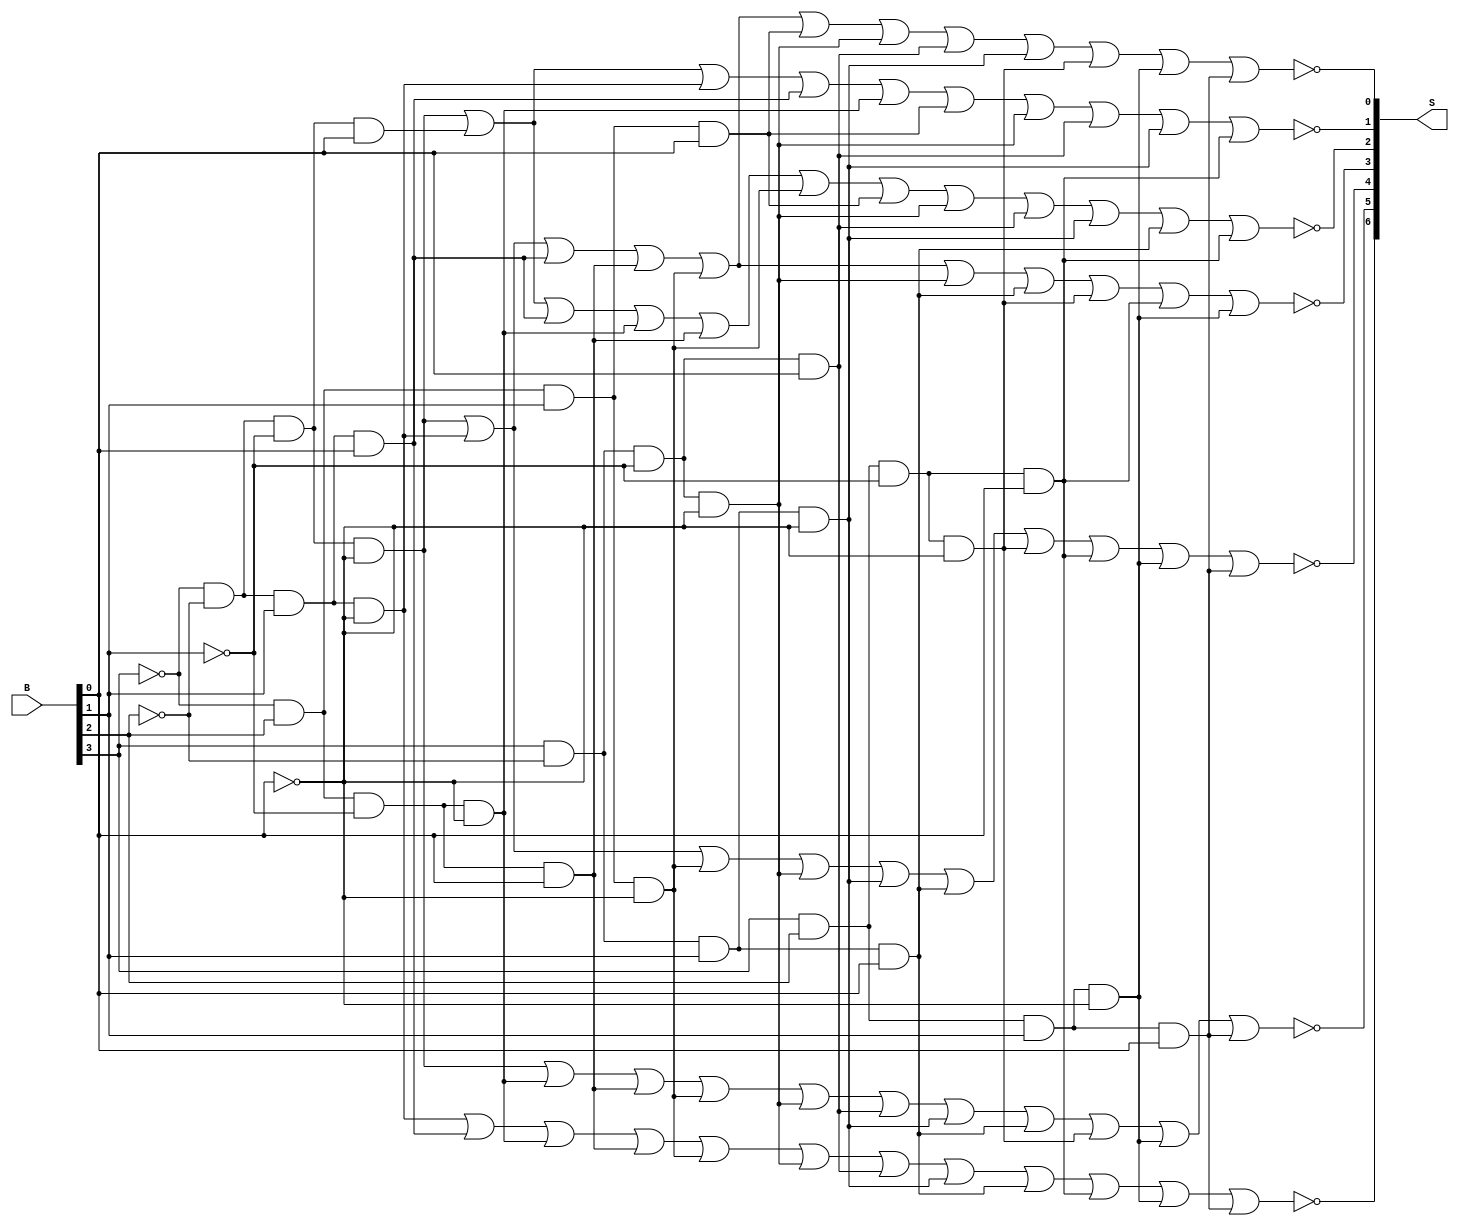
`timescale 1ns / 1ps
//-------------------------------------------------------------
// 7-segment hexadecimal decoder
// October 1, 2015
// Alex Von Hoene
// 
// Given a 4-bit binary input
// Returns 7 binary signals, one for each segment of a
// 7-segment display, to display the corresponding hexadecimal number on the display.
//
// This is done a bit inefficiently - the decoder determines
// what number is encoded in the four bits, and then uses bitwise
// conditionals for each segment.
// Example:
//   The number is 4 if bit 2 is high and bits 3, 1, and 0 are low.
//   Segment 4 (E) is on if the number is 0, 2, 6, 8, 10 (A), 11 (b), 12 (C), 13 (D), 14 (E), or 15 (F)
// This is a bit inefficient, but very easy to read.
//
// Segments of the display are turned on if they are given binary 0 input.
//
// Here is a diagram of a typical 7-segment display, with segment labels made obvious
//
//    AAAA
//   F    B
//   F    B
//    GGGG
//   E    C
//   E    C
//    DDDD
//-------------------------------------------------------------
module bin2seg(B, S);
	input [3:0] B;  // binary input
	output [6:0] S; // one output for each of 7 segments

	// one wire for each possible number the input can represent
	wire m0, m1, m2, m3, m4, m5, m6, m7, m8, m9, m11, m12, m13, m14, m15;

	// What is the input number?
	assign m0  = ~B[3] & ~B[2] & ~B[1] & ~B[0]; // is the input 0?
	assign m1  = ~B[3] & ~B[2] & ~B[1] &  B[0]; // is the input 1?
	assign m2  = ~B[3] & ~B[2] &  B[1] & ~B[0]; // is the input 2?.
	assign m3  = ~B[3] & ~B[2] &  B[1] &  B[0]; // is the input 3?
	assign m4  = ~B[3] &  B[2] & ~B[1] & ~B[0]; // etc.
	assign m5  = ~B[3] &  B[2] & ~B[1] &  B[0]; 
	assign m6  = ~B[3] &  B[2] &  B[1] & ~B[0]; 
	assign m7  = ~B[3] &  B[2] &  B[1] &  B[0]; 
	assign m8  =  B[3] & ~B[2] & ~B[1] & ~B[0]; 
	assign m9  =  B[3] & ~B[2] & ~B[1] &  B[0]; 
	assign m10 =  B[3] & ~B[2] &  B[1] & ~B[0]; 
	assign m11 =  B[3] & ~B[2] &  B[1] &  B[0]; 
	assign m12 =  B[3] &  B[2] & ~B[1] & ~B[0]; 
	assign m13 =  B[3] &  B[2] & ~B[1] &  B[0]; 
	assign m14 =  B[3] &  B[2] &  B[1] & ~B[0]; 
	assign m15 =  B[3] &  B[2] &  B[1] &  B[0]; 

	// For each segment: should it be on (false) or off (true)?
	// example: segment A should be on if the input is 0, 2, 3, 5, 6, 7, 8, 9, 10 (A), 12 (C), 14 (E), or 15 (F)
	assign S[0] = ~(m0 |      m2 | m3 |      m5 | m6 | m7 | m8 | m9 | m10 |       m12 |       m14 | m15 ); // segment A
	assign S[1] = ~(m0 | m1 | m2 | m3 | m4 |           m7 | m8 | m9 | m10 |             m13             ); // segment B
	assign S[2] = ~(m0 | m1 | m3 |      m4 | m5 | m6 | m7 | m8 | m9 | m10 | m11 |       m13             ); // segment C
	assign S[3] = ~(m0 |      m2 | m3 |      m5 | m6 |      m8 |            m11 | m12 | m13 | m14       ); // segment D
	assign S[4] = ~(m0 |      m2 |                m6 |      m8 |      m10 | m11 | m12 | m13 | m14 | m15 ); // segment E
	assign S[5] = ~(m0 |                m4 | m5 | m6 |      m8 | m9 | m10 | m11 | m12 | m14 |       m15 ); // segment F
	assign S[6] = ~(          m2 | m3 | m4 | m5 | m6 |      m8 | m9 | m10 | m11 |       m13 | m14 | m15 ); // segment G

	// You can read down columns to see which segments are on for each digit, and
	// you can read scross rows to see which digits each segment is on for.
	// Again, not the most efficient way to write this,
	// but very easy to read, write, and debug.
endmodule